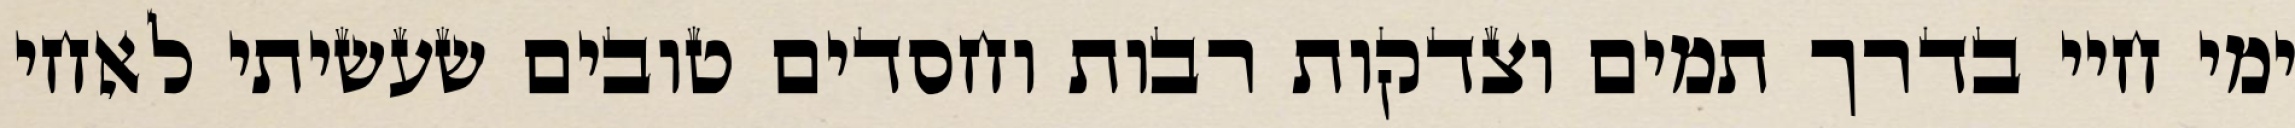
ימי חיי בדרך תמים וצדקות רבות וחסדים טובים שעשיתי לאחי